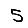
Digit: 5